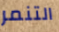
التنمر